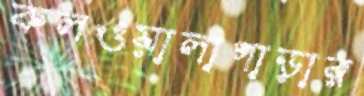
কলওয়ালাপাড়ার